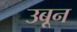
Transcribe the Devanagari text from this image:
उबून